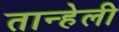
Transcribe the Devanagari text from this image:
तान्हेली